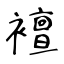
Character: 襢